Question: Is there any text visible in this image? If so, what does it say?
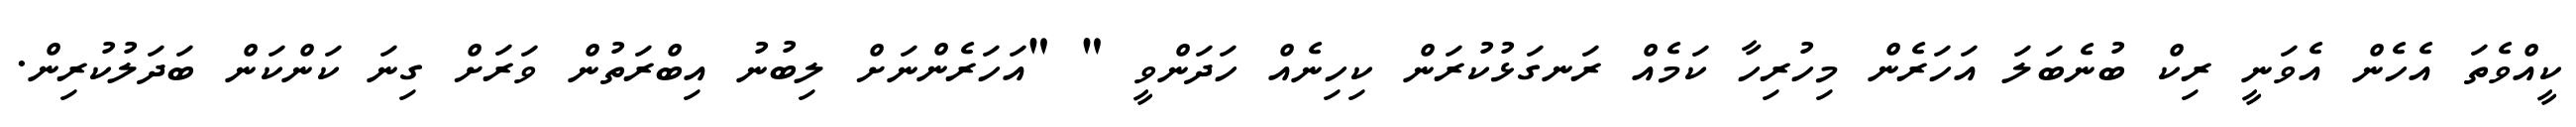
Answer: ކީއްވެތަ އެހެން އެވަނީ ރިކް ބުނެބަލަ އަހަރެން މިހުރިހާ ކަމެއް ރަނގަޅުކުރަން ކިހިނެއް ހަދަންވީ " "އަހަރެންނަށް ލިބުނު އިބްރަތުން ވަރަށް ގިނަ ކަންކަން ބަދަލުކުރިން.